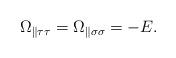
LaTeX: \begin{align*}\Omega_{\parallel\tau\tau}=\Omega_{\parallel\sigma\sigma}=-E.\end{align*}